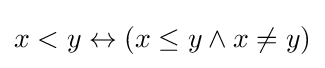
x<y\leftrightarrow (x\leq y\land x\not =y)